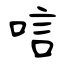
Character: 唁